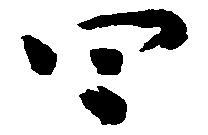
四